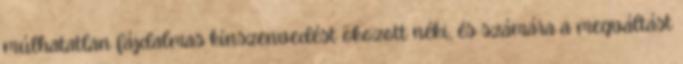
múlhatatlan fájdalmas kínszenvedést okozott néki, és számára a megváltást